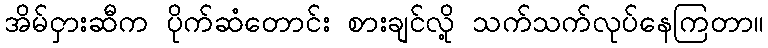
အိမ်ငှားဆီက ပိုက်ဆံတောင်း စားချင်လို့ သက်သက်လုပ်နေကြတာ။